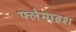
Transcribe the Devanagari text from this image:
फ्लेमाइश